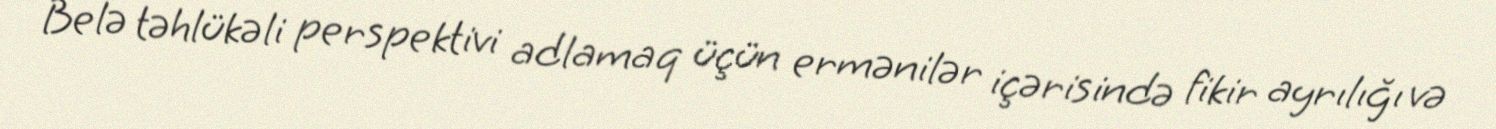
Belə təhlükəli perspektivi adlamaq üçün ermənilər içərisində fikir ayrılığı və